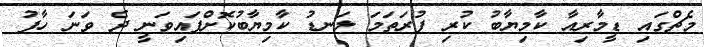
މެޗްގައި ޑީމާރިއާ ކާމިޔާބު ކުރި ފުރަތަމަ ލަނޑު ކާމިޔާބުކޮށްފައިވަނީ ދެ ވަނަ ހާފު